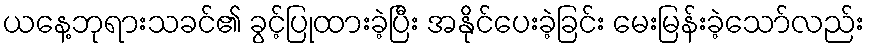
ယနေ့ဘုရားသခင်၏ ခွင့်ပြုထားခဲ့ပြီး အနိုင်ပေးခဲ့ခြင်း မေးမြန်းခဲ့သော်လည်း